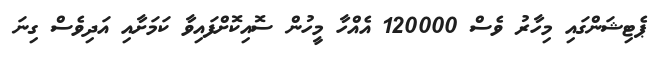
ޕެޓިޝަންގައި މިހާރު ވެސް 120000 އެއްހާ މީހުން ސޮއިކޮށްފައިވާ ކަމަށާއި އަދިވެސް ގިނަ